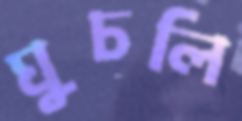
ঘুচলি